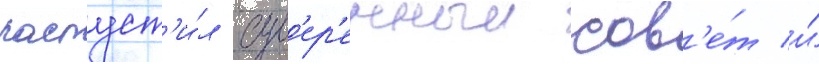
распуст'и́л сув'ер'енныи сов'е́т и́